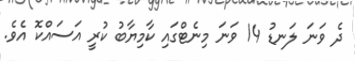
ދެ ވަނަ ލަނޑު 14 ވަނަ މިނެޓްގައި ކާމިޔާބު ކުރީ އަސައްކޮ އެވެ.